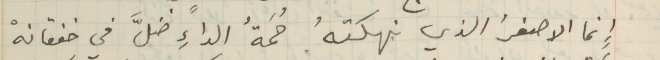
إِنما الاصفرُ الذي نهكتهُ حُمَةُ الداءِ ضلَّ في خفقانهْ